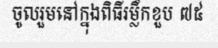
ចូលរួមនៅក្នុងពិធីរម្លឹកខួប ៧៥